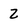
Character: 2